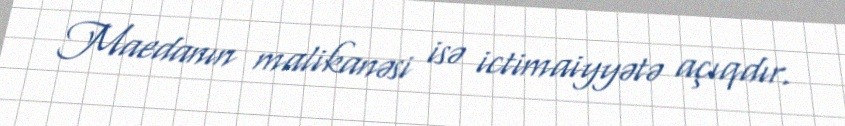
Maedanın malikanəsi isə ictimaiyyətə açıqdır.